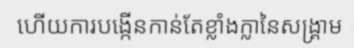
ហើយការបង្កើនកាន់តែខ្លាំងក្លានៃសង្គ្រាម